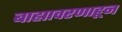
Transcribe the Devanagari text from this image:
बाह्यावरणाहून